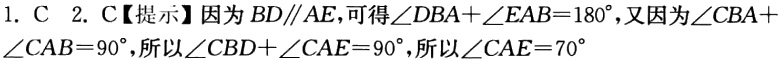
1. C 2. C【提示】因为 \(BD\parallel AE\)，可得\(\angle DBA + \angle EAB = 180^{\circ}\)，又因为\(\angle CBA+\angle CAB = 90^{\circ}\)，所以\(\angle CBD+\angle CAE = 90^{\circ}\)，所以\(\angle CAE = 70^{\circ}\)